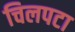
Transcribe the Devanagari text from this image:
चिलपटा